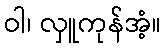
ဝါ၊ လှူကုန်အံ့။